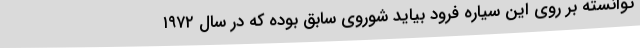
توانسته بر روی این سیاره فرود بیاید شوروی سابق بوده که در سال ۱۹۷۲